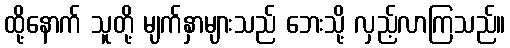
ထို့နောက် သူတို့ မျက်နှာများသည် ဘေးသို့ လှည့်လာကြသည်။